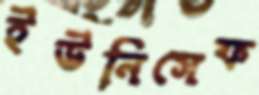
ইউনিসেফ